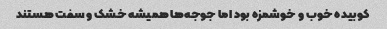
کوبیده خوب و خوشمزه بود اما جوجه‌ها همیشه خشک و سفت هستند